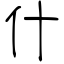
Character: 什